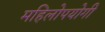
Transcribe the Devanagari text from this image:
महिलोपयोगी